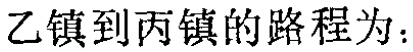
乙镇到丙镇的路程为：